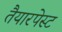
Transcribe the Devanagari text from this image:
तैयारपेस्ट